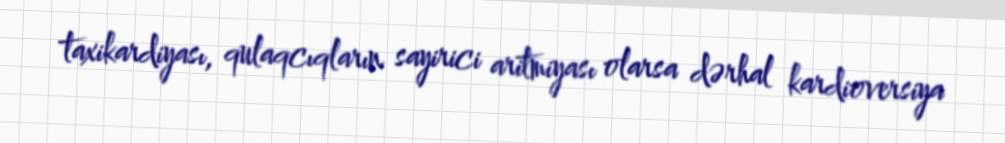
taxikardiyası, qulaqcıqların sayirici aritmiyası olarsa dərhal kardioversiya